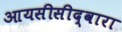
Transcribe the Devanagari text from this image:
आयसीसीद्वारा